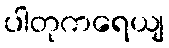
ပါတုကရေယျ